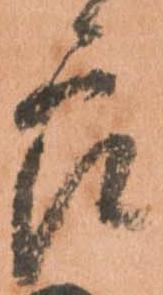
郎